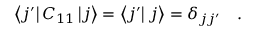
\left< j ^ { \prime } \right| C _ { 1 1 } \left| j \right> = \left< j ^ { \prime } \right| \left. j \right> = \delta _ { j j ^ { \prime } } \quad .